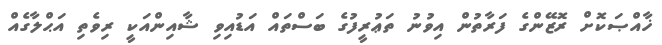
ޚާއްޞަކޮށް ރޮޒޭންގެ ފަރާތުން އިވުނު ތަޢުރީފުގެ ބަސްތައް އަޑުއިވި ޝާއިންއަކީ ރިވެތި އަޙްލާގެއް